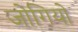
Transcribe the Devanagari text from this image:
जोगियो